Civil Veterinary Department Bengal reports 1923-33 - 1923-1933
Year: 1923
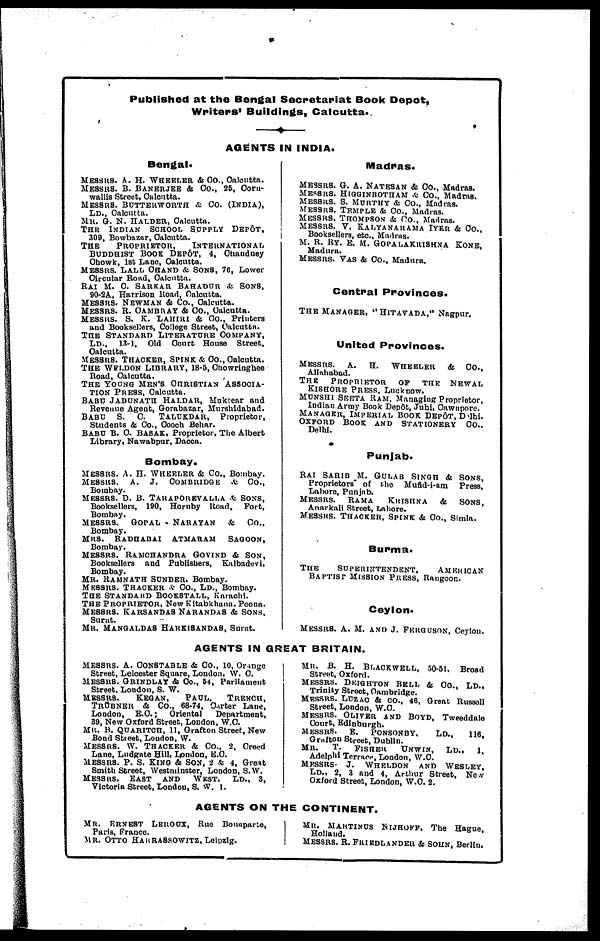
Published at the Bengal Secretariat Book Depot,
Writers' Buildings, Calcutta.
AGENTS IN INDIA.
Bengal.
MESSRS. A. H. WHEELER & Co., Calcutta.
MESSRS. B. BANERJER & Co., 26, Corn-
wallis Street, Calcutta.
MESSRS.
BUTTERWORTH
& Co. (INDIA),
LD., Calcutta.
MR. G. N. HALDER, Calcutta.
THE INDIAN SCHOOL SUPPLY
DEPÖT,
309, Bowbazar, Calcutta.
THE
PROPRIETOR,
INTERNATIONAL,
BUDDHIST BOOK DEPÖT, 4, Ohaudney
Chowk, 1st Lane, Calcutta.
MESSRS. LALL CHAND & SONS, 76, Lower
Circular Road, Calcutta.
RAI M. C. SARKAR BAHADUR & SONS,
90-2A, Harrison Road, Calcutta.
MESSRS. NEWMAN & Co., Calcutta.
MESSRS. R. CAMBRAY & CO., Calcutta.
MESSRS. S. K. LAHIRI & Co., Printers
and Booksellers, College Street, Calcutta.
THE STANDARD LITERATURE COMPANY,
LD.,
13-1, Old Court House Street,
Calcutta.
MESSRS. THACKER, SPINK & Co., Calcutta.
THE WELDON LIBRARY, 18-5, Chowringhee
Road, Calcutta.
THE YOUNG MEN'S CHRISTIAN
ASSOCIA-
TION PRESS, Calcutta.
BABC JADUNATH HALDAR, Muktear and
Revenue Agent, Gorabazar, Murshidabad.
BABU
S.
C.
TALUKDAR,
Proprietor,
Students & Co., Cooch Behar.
BABU B. C. BASAK, Proprietor, The Albert
Library, Nawabpur, Dacca.
Bombay.
MESSRS. A. H. WHEELER & Co., Bombay.
MESSRS.
A. J. COMBRIDGE & Co.,
Bombay.
MESSRS D. B. TARAPOREVALLA & SONS,
Booksellers, 100, Hornby Road,
Port,
Bombay.
MESSRS.
GOPAL
NARAYAN
&
CO..
Bombay.
MRS.
RADHADAI
ATMARAM
SAGOON,
Bombay.
MESSRS. RAMCHANDRA GOVIND & SON,
Booksellers and Publishers,
Kalbadevl,
Bombay.
MR. KAMNATH SUNDER. Bombay.
MESSRS. THACKER & CO., LD., Bombay.
THE STANDARD BOOKSTALL, Karachi.
THE PROPRIETOR, New Kitabkhana. Poona.
MESSRS. KARSANDAS NARANDAS & SONS,
Surat.
MR. MANGALDAS HARKISANDAS, Surat.
Madras.
MESSRS. G. A. NATBSAN & Co., Madras.
MESSRS. HIGGINBOTHAM & Co., Madras.
MESSRS. S. MURTHY & Co., Madras.
MESSRS. TEMPLE & Co., Madras.
MESSRS. THOMPSON & Co., Madras.
MESSRS. V.
KALYANRAMA
IYER
& Co.,
Booksellers, etc., Madras.
M. R. RY. E. M.
GOPALAKRISHNA
KONE,
Madura.
MESSRS. VAS &Co., Madura.
Central Provinces.
THE MANAGER, "HITAVADA," Nagpur.
United Provinces.
MESSRS.
A.
H.
WHEELER & Co.,
Allahabad.
THE
PROPRIETOR
OF THE NEWAL
KISHORE PRESS, Lucknow.
MUNSHI SEETA RAM, Managing Proprietor,
Indian Army Book Depôt, Jubi, Cawnpore.
MANAGER, IMPERIAL BOOK DEPÔT, Delhi.
OXFORD BOOK AND STATIONERY CO.,
Delhi.
Punjab.
RAI SARIB M. GULAS SINGH & SONS,
Proprietors of
the
Mufld-i-am
Press,
Lahore, Punjab.
MESSRS.
RAMA
KRISHNA
&
SONS,
Anarkali Street, Lahore.
MESSRS. THACKER, SPINK & CO., Simla.
Burma.
THE
SUPERINTENDENT,
AMERICAN
BAPTIST MISSION PRESS, Rangoon.
Ceylon.
MESSRS. A. M. AND J. FERGUSON, Ceylon.
AGENTS IN GREAT BRITAIN.
MESSRS.
A. CONSTABLE & Co., 10, Orange
Street, Leicester Square, London, W. C.
MESSRS. GRINDLAY & Co., 54, Parliament
Street. London, S. W.
MESSRS.
KEGAN,
PAUL,
TRENCH,
TRUBNER & Co., 68-74, Carter Lane,
London,
E. C.; Oriental
Department,
39, New Oxford Street, London, W.C.
MR. b. QUARITON, 11, Grafton Street, New
Bond Street, Loudon, W.
MESSRS. W. THACKER & Co., 2, Creed
Lane, Ludgate Hill. London, E. C.
MESSRS P. S. KING & SON, 2 & 4, Great
Smith Street, Westminster, London, S.W.
MESSRS.
EAST
AND WEST,
LD., 3,
Victoria 8treet, London, S. W. 1.
MR
BLACKWELL, 50-51. Broad
Street, Oxford.
MESSRS. DEIGHTON BELL & Co., LD.,
Trinity Street, Cambridge.
MESSRS. LUZAC & CO., 46, Great Russoll
Street, London, W.O.
MESSRS.
OLIVER AND BOYD, Tweeddale
Court, Edinburgh.
MESSRS.
E. PONSONBY.
LD., 116
Grafton Street, Dublin.
MR.
T.
FISHER
UNWIN,
LD., 1
Adelphi Terrace, London, W.C.
MESSRS- J. WHELDON
AND WESLEY,
LD., 2, 3 and 4, Arthur Street, Ne .v
Oxford Street, London, W.O. 2.
AGENTS ON THE CONTINENT.
MR. ERANEST LEROUX, Rue Bonaparte,
Paris, France.
MR. OTTO HAHRASSOWITZ. Leipzig.
MR. MARTINUS NIJHUFF, The Hague,
Hollaud.
MESSRS. R. FRIEDLANDER & SOHN, Berlin.